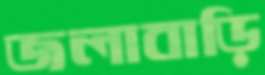
জলাবাড়ি